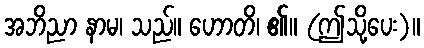
အဘိညာ နာမ၊ သည်။ ဟောတိ၊ ၏။ (ဤသို့ပေး)။